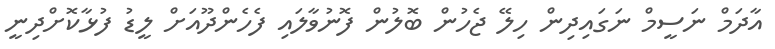
އާދަމް ނަސީމް ނަގައިދިން ހިލޭ ޖެހުން ބޮލުން ފޮނުވާލައި ފެހެންދޫއަށް ލީޑު ފުޅާކޮށްދިނީ